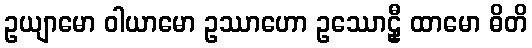
ဥယျာမော ဝါယာမော ဥဿာဟော ဥဿောဠှီ ထာမော ဓိတိ